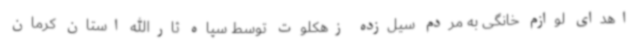
اهدای لوازم خانگی به مردم سیل‌زده زهکلوت توسط سپاه ثارالله استان کرمان